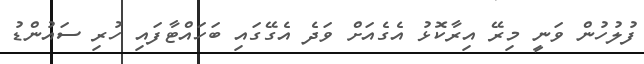
ފުލުހުން ވަނީ މިރޭ އިރާކޮޅު އެގެއަށް ވަދެ އެގޭގައި ބަހައްޓާފައި ހުރި ސައުންޑު